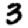
Digit: 3